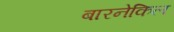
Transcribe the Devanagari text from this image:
बारनेकिल